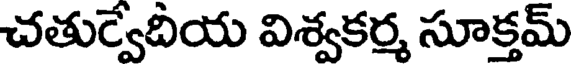
చతుర్వేదీయ విశ్వకర్మ సూక్తమ్